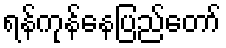
ရန်ကုန်နေပြည်တော်